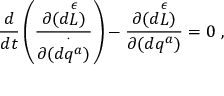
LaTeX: { \frac { d } { d t } } \left( { \frac { \partial { ( d { \stackrel { \epsilon } { L } } ) } } { \partial { ( \stackrel { \cdot } { d q ^ { a } } } ) } } \right) - { \frac { \partial { ( d { \stackrel { \epsilon } { L } } ) } } { \partial { ( d q ^ { a } ) } } } = 0 \ ,